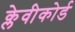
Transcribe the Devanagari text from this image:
क्लेवीकोर्ड